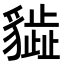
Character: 𧴎